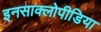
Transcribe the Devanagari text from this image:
इनसाक्लोपीडिया